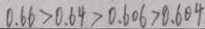
0 . 6 6 > 0 . 6 4 > 0 . 6 0 6 > 0 . 6 0 4